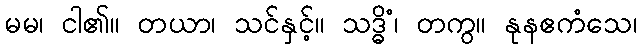
မမ၊ ငါ၏။ တယာ၊ သင်နှင့်။ သဒ္ဓိံ၊ တကွ။ နုနဧကံသေ၊